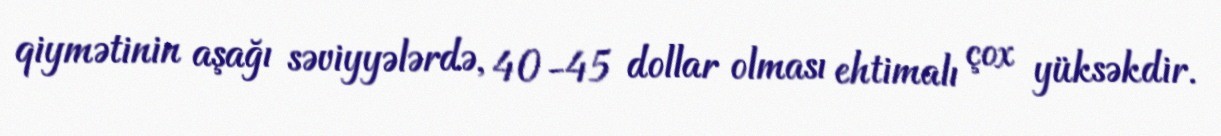
qiymətinin aşağı səviyyələrdə, 40-45 dollar olması ehtimalı çox yüksəkdir.